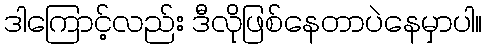
ဒါကြောင့်လည်း ဒီလိုဖြစ်နေတာပဲနေမှာပါ။